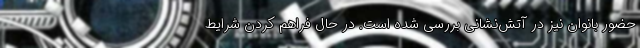
حضور بانوان نیز در آتش‌نشانی بررسی شده است. در حال فراهم کردن شرایط